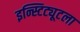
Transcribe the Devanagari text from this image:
इन्स्टिट्यूटला